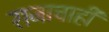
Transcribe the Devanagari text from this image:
राजाचाही